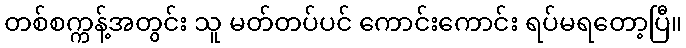
တစ်စက္ကန့်အတွင်း သူ မတ်တပ်ပင် ကောင်းကောင်း ရပ်မရတော့ပြီ။